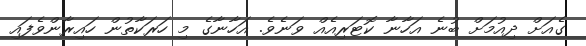
ގެއަށް ދިއުމަށް ބުނެ އަހާނާ ކޮޓަރިއެއް ވަނެވެ. އަހާނާގެ މި ހަރަކާތުން ހައިރާންވެފައި